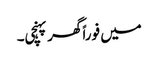
میں فوراً گھر پہنچی۔